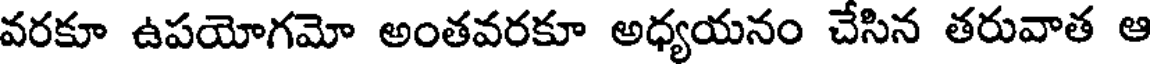
వరకూ ఉపయోగమో అంతవరకూ అధ్యయనం చేసిన తరువాత ఆ